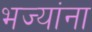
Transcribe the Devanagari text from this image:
भज्यांना